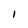
Character: I